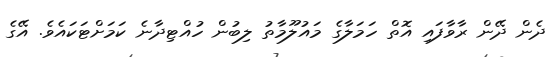
ދެން ދޭން ރާވާފައި އޮތް ހަމަލާގެ މައުލޫމާތު ލިބުން ހުއްޓިދާނެ ކަމަށްޓަކައެވެ. އޭގެ